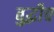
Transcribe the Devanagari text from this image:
बुद्धीच